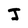
Character: J